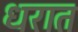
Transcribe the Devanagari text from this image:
धरात